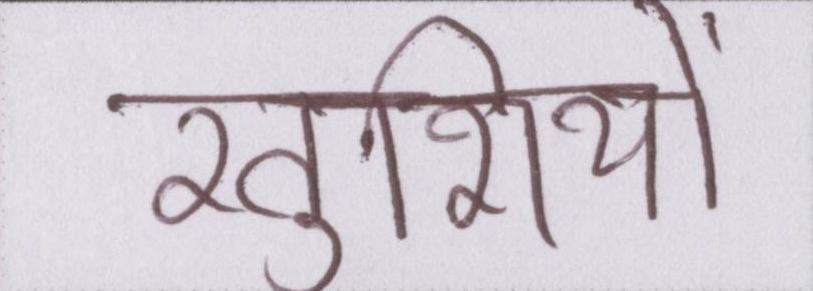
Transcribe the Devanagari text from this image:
खुशियों